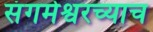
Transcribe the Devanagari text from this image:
संगमेश्वरच्याच